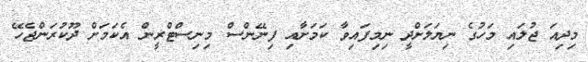
މިދިއަ ޖުލައި މަހުގެ ނިޔަލަށްދީ ނިމިފައިވާ ކަމަށާއި ފިނޭންސް މިނިސްޓްރީން އެކަމަށް ދޫކުރަންޖެހޭ